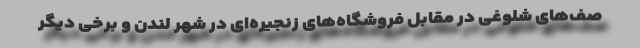
صف‌های شلوغی در مقابل فروشگاه‌های زنجیره‌ای در شهر لندن و برخی دیگر